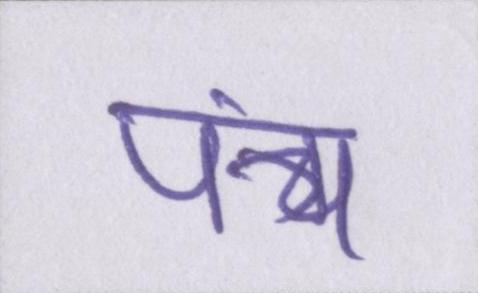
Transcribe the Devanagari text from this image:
पंच